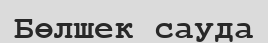
Бөлшек сауда